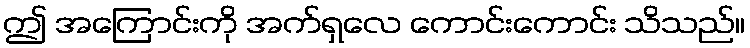
ဤ အကြောင်းကို အက်ရှလေ ကောင်းကောင်း သိသည်။